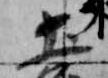
土